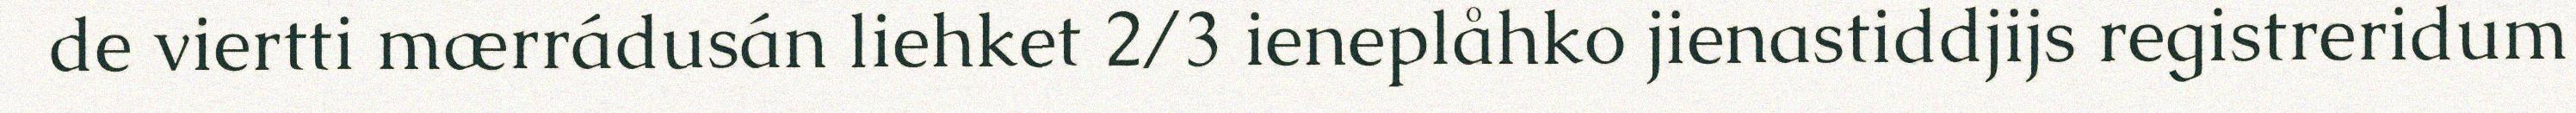
de viertti mærrádusán liehket 2/3 ieneplåhko jienastiddjijs registreridum